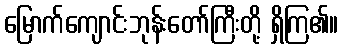
မြောက်ကျောင်းဘုန်းတော်ကြီးတို့ ရှိကြ၏။